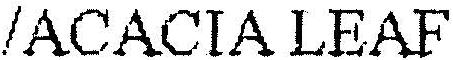
/ACACIA LEAF